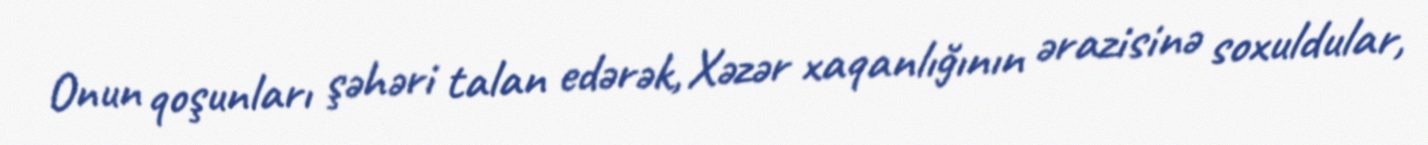
Onun qoşunları şəhəri talan edərək, Xəzər xaqanlığının ərazisinə soxuldular,